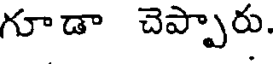
గూడా చెప్పారు.